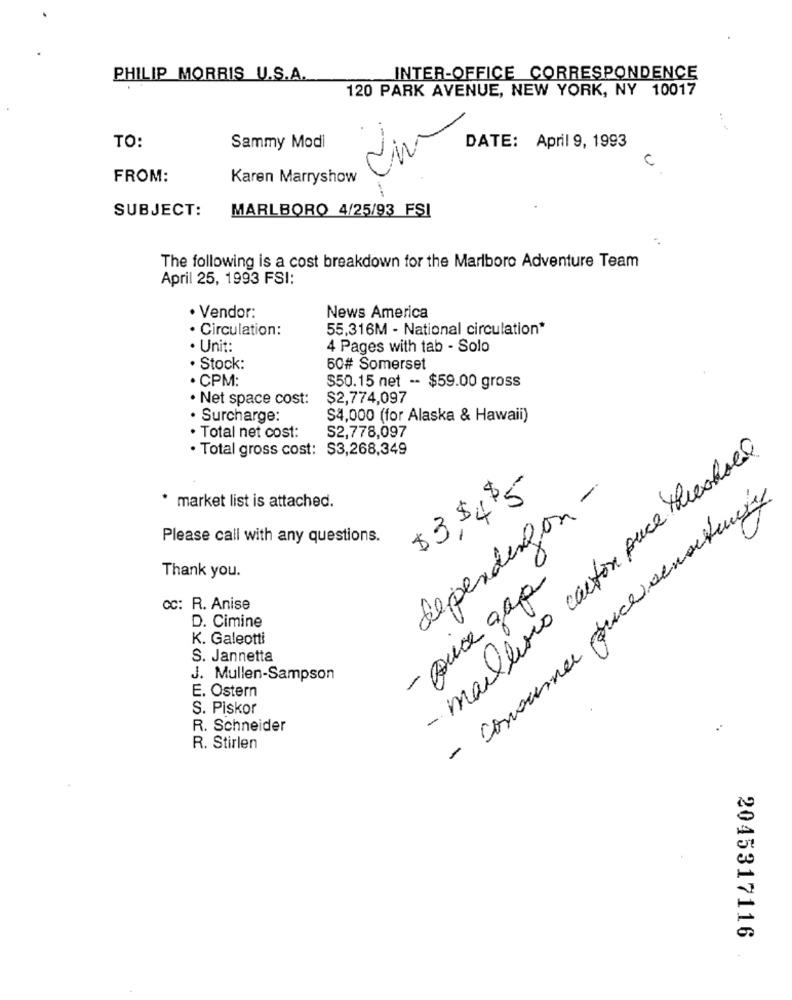
PHILIP MORRIS U.S.A.
INTER-OFFICE CORRESPONDENCE
120 PARK AVENUE, NEW YORK, NY 10017
cim
TO:
Sammy Modi
DATE: April 9, 1993
C
FROM:
Karen Marryshow
SUBJECT:
MARLBORO 4/25/93 FSI
The following is a cost breakdown for the Marlboro Adventure Team
April 25, 1993 FSI:
· Vendor:
News America
55,316M - National circulation*
· Circulation:
· Unit:
4 Pages with tab - Solo
· Stock:
50# Somerset
· CPM:
$50.15 net -- $59.00 gross
· Net space cost:
$2,774,097
· Surcharge:
$4,000 (for Alaska & Hawaii)
· Total net cost:
S2,778,097
· Total gross cost: $3,268,349
- maillivro carton puce hechoel
dependingon -
$3, $495
- Consumer price sensitive
* market list is attached.
Please call with any questions.
Thank you.
- Auce gap
cc: R. Anise
D. Cimine
K. Galeotti
S. Jannetta
J. Mullen-Sampson
E. Ostern
S. Piskor
R. Schneider
**
R. Stirlen
2045317116